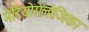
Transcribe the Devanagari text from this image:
मेटियोरोलोजिका